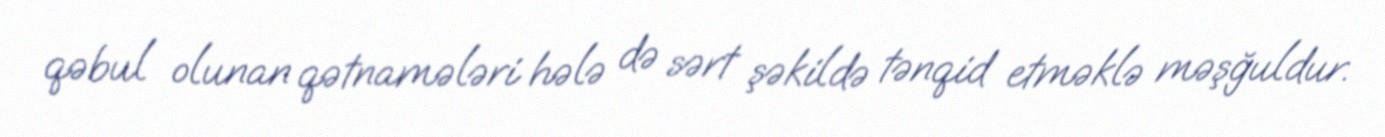
qəbul olunan qətnamələri hələ də sərt şəkildə tənqid etməklə məşğuldur.